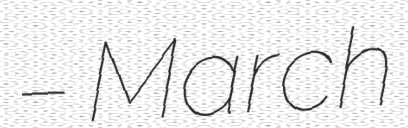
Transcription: – March